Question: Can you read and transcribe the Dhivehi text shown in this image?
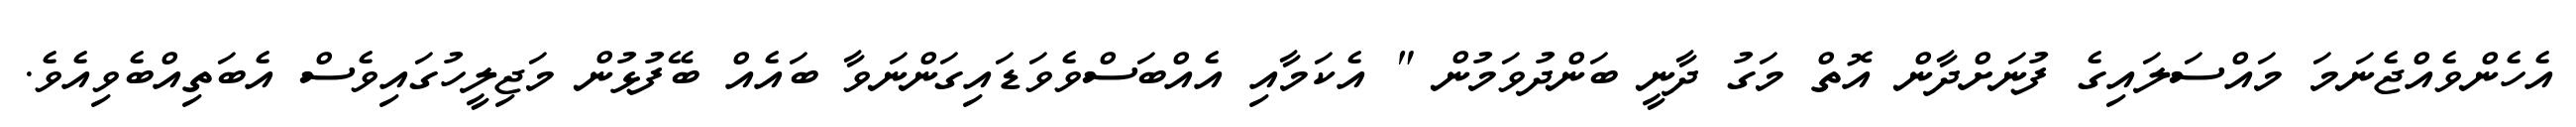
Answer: އެހެންވެއްޖެނަމަ މައްސަލައިގެ ފުނަށްދާން އޮތް މަގު ދާނީ ބަންދުވަމުން " އެކަމާއި އެއްބަސްވެވަޑައިގަންނަވާ ބައެއް ބޭފުޅުން މަޖިލީހުގައިވެސް އެބަތިއްބެވިއެވެ.